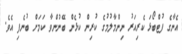
އެނާގެ ފުޓްބޯޅަ ކެރިއަރު ނިންމާލުމުގެ ކުރިން ކުޅެން ބޭނުންވާ ކަމަށް ބުނެފި އެވެ.